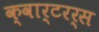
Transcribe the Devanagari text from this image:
क्वार्टरर्स